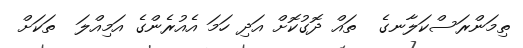
ތިމަންރަސްކަލާނގެ  ތައް ދޮގުކޮށް އަދި ހަމަ އެއުރެންގެ އަމިއްލަ  ތަކަށް